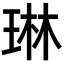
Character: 琳